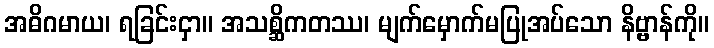
အဓိဂမာယ၊ ရခြင်းငှာ။ အသစ္ဆိကတဿ၊ မျက်မှောက်မပြုအပ်သော နိဗ္ဗာန်ကို။